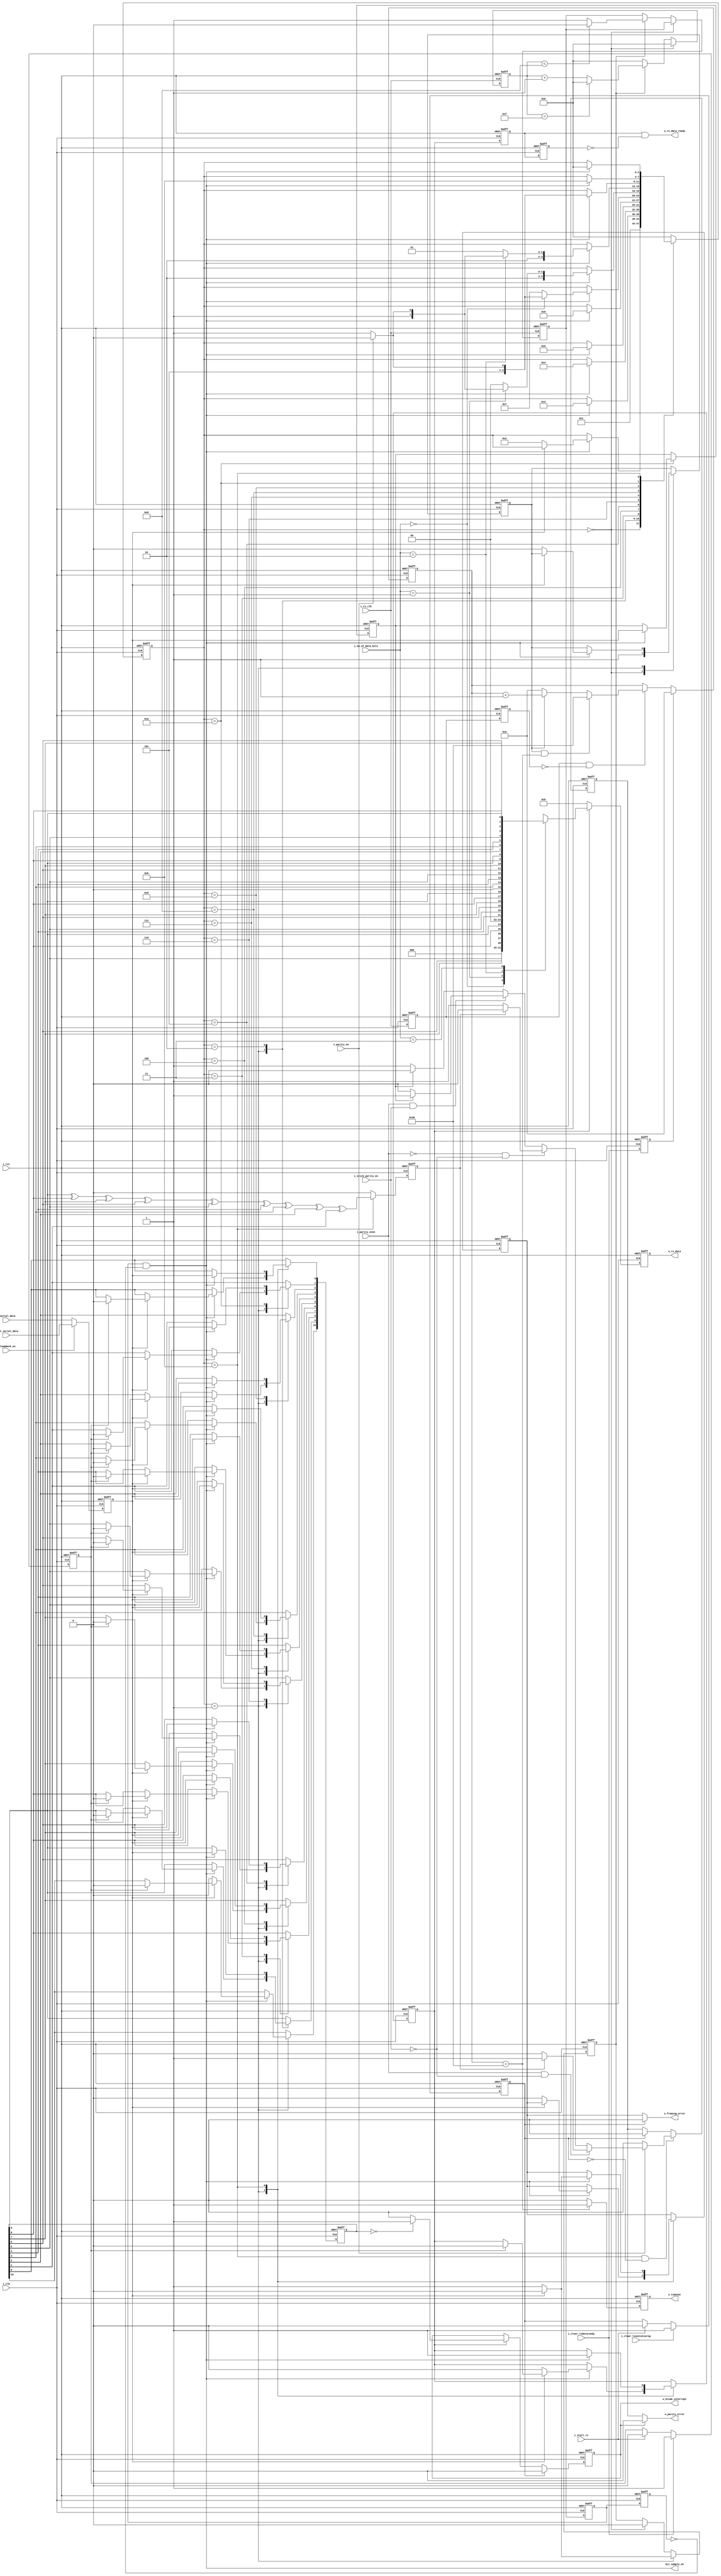
// --------------------------------------------------------------------
// >>>>>>>>>>>>>>>>>>>>>>>>> COPYRIGHT NOTICE <<<<<<<<<<<<<<<<<<<<<<<<<
// --------------------------------------------------------------------
// Copyright (c) 2006 by Lattice Semiconductor Corporation
// --------------------------------------------------------------------
//
// Permission:
//
//   Lattice Semiconductor grants permission to use this code for use
//   in synthesis for any Lattice programmable logic product.  Other
//   use of this code, including the selling or duplication of any
//   portion is strictly prohibited.
//
// Disclaimer:
//
//   This VHDL or Verilog source code is intended as a design reference
//   which illustrates how these types of functions can be implemented.
//   It is the user's responsibility to verify their design for
//   consistency and functionality through the use of formal
//   verification methods.  Lattice Semiconductor provides no warranty
//   regarding the use or functionality of this code.
//
// --------------------------------------------------------------------
//           
//                     Lattice Semiconductor Corporation
//                     5555 NE Moore Court
//                     Hillsboro, OR 97214
//                     U.S.A
//
//                     TEL: 1-800-Lattice (USA and Canada)
//                          503-268-8001 (other locations)
//
//                     web: http://www.latticesemi.com/
// --------------------------------------------------------------------
//
// Revision History :

module uart_rx_fsm(                   
    // System clock 
    // asynchronous active high reset 
    input wire        i_clk,
    input wire        i_rst,
    input wire        i_rx_clk,
    //Rx FSM Control signal from Master Controller
    input wire        i_start_rx,
    //Rx configurations from Master Controller
    input wire        i_loopback_en,
    input wire        i_parity_even,
    input wire        i_parity_en,               
    input wire [1:0]  i_no_of_data_bits,  
    input wire        i_stick_parity_en,
    input wire        i_clear_linestatusreg,               
    input wire        i_clear_rxdataready,
    //Rx data valid and Rx Data to CPU
    output reg [7:0]  o_rx_data, 
    output reg        o_timeout,      
    
    output wire       bit_sample_en,
             
    //To UART Master Controller
    output wire       o_parity_error,
    output wire       o_framing_error,
    output wire       o_break_interrupt,               
    output wire       o_rx_data_ready,
    //Serial data for loopback operations
    input wire        i_int_serial_data,  //no input is set to
    //Serial data in from MODEM
    input wire        i_serial_data  //pin9 UART RXD (from PC to Dev)
    );

    parameter [3:0] /*synopsys enum state_info*/ IDLE_STATE           = 4'b0000,
                   START_DETECT_STATE   = 4'b0001,
                   SAMPLE_START_STATE = 4'b1111,
                   Rx_1BIT_STATE        = 4'b0010,
                   Rx_2BIT_STATE        = 4'b0011,
                   Rx_3BIT_STATE        = 4'b0100,
                   Rx_4BIT_STATE        = 4'b0101,
                   Rx_5BIT_STATE        = 4'b0110,
                   Rx_6BIT_STATE        = 4'b0111,
                   Rx_7BIT_STATE        = 4'b1000,
                   Rx_8BIT_STATE        = 4'b1001,
                   PARITY_CHECK_STATE   = 4'b1010,
                   STOP_DETECT_STATE    = 4'b1011;
    // DATA_VALIDATION_STATE     = 4'b1100;    
    
    //Internal signals 
    reg [3:0]  /*synopsys enum state_info*/  state; /*synopsys enum state_vector state*/
    reg        check_bit;    
    reg        modem_serial_data;
    reg [10:0] rx_data;
    reg        parity_error;
    reg        framing_error;
    reg        stick_parity_bit;
    reg        clear_line_status;
    reg        clear_data_ready;
    reg        timeout_counter_begin;   
    reg        clearrxdataready1;
    reg        rx_clk_reg1;
    reg        rx_clk_reg2;
    wire       rx_clk_en;
    wire       rx_sample_en;
    reg        data_validation;
    reg        loopback_en_latch;
    
    //synchronizer for incoming i_serial_data from MODEM
    always @(posedge i_clk or posedge i_rst) begin
        if(i_rst) begin
            modem_serial_data <= 1'b1;
        end else begin
            if(!i_loopback_en)
                //For regular Rx operations
                modem_serial_data <= i_serial_data;
            else
                // for loop back operations
                modem_serial_data <= i_int_serial_data; 
        end 
    end // always @ (posedge i_clk or posedge i_rst) 
    
    ////////////////////////////////////////////////////////////////
    // UART Rx FSM
    ////////////////////////////////////////////////////////////////
    always @(posedge i_clk or posedge i_rst) begin
        if(i_rst) begin
            state <= IDLE_STATE;
            framing_error <= 1'b0;
            stick_parity_bit <= 1'b0;   
            timeout_counter_begin <= 1'b1;
            data_validation <= 1'b0;
            rx_data <= 10'b0;    
        end else begin
            case(state)
                
                IDLE_STATE         :  begin
                    state <= START_DETECT_STATE; 
                    timeout_counter_begin <= 1'b1;
                end
                
                //Wait for START signal from MODEM 
                START_DETECT_STATE :
                    if(rx_sample_en) begin
                        //Check if modem serial is still '0'
                        if(!modem_serial_data) begin
                            state <= Rx_1BIT_STATE; 
                            framing_error <= 1'b0;
                            timeout_counter_begin <= 1'b0;
                            data_validation <= 1'b0;
                            rx_data[10] <= modem_serial_data; 
                        end else if(clear_data_ready) begin
                            data_validation <= 1'b0;
                            rx_data <= 10'b0000_0000_00; 
                        end
                    end
                
                Rx_1BIT_STATE      : 
                    if(rx_sample_en) begin 
                        state <= Rx_2BIT_STATE;
                        rx_data[9] <= modem_serial_data; 
                    end
                
                Rx_2BIT_STATE      : 
                    if(rx_sample_en) begin 
                        state <= Rx_3BIT_STATE;
                        rx_data[8] <= modem_serial_data; 
                    end
                
                Rx_3BIT_STATE      : 
                    if(rx_sample_en) begin
                        state <= Rx_4BIT_STATE;
                        rx_data[7] <= modem_serial_data; 
                    end
                
                Rx_4BIT_STATE      : 
                    if(rx_sample_en) begin
                        state <= Rx_5BIT_STATE;
                        rx_data[6] <= modem_serial_data; 
                    end
                
                //Check for no of bits in operation
                //If 5 bits, then check if parity needs to be checked else go to stop detect state                      
                Rx_5BIT_STATE      : 
                    if(rx_sample_en) begin
                        rx_data[5] <= modem_serial_data; 
                        if(i_no_of_data_bits == 2'b00) begin
                            if(i_parity_en) begin
                                state <= PARITY_CHECK_STATE;
                            end else begin 
                                state <= STOP_DETECT_STATE;
                            end 
                        end else begin 
                            state <= Rx_6BIT_STATE;
                        end
                    end // if (rx_sample_en)
                
                //Check for no of bits in operation
                //If 6 bits, then check if parity needs to be checked else go to stop detect state                      
                Rx_6BIT_STATE      :
                    if(rx_sample_en) begin
                        rx_data[4] <= modem_serial_data; 
                        if(i_no_of_data_bits == 2'b01) begin
                            if(i_parity_en) begin
                                state <= PARITY_CHECK_STATE;
                            end else begin 
                                state <= STOP_DETECT_STATE;
                            end 
                        end else begin 
                            state <= Rx_7BIT_STATE;
                        end
                    end // if (rx_sample_en)
                
                //Check for no of bits in operation
                //If 7 bits, then check if parity needs to be checked else go to stop detect state
                Rx_7BIT_STATE      : 
                    if(rx_sample_en) begin
                        rx_data[3] <= modem_serial_data; 
                        if(i_no_of_data_bits == 2'b10) begin
                            if(i_parity_en) begin
                                state <= PARITY_CHECK_STATE;
                            end else begin 
                                state <= STOP_DETECT_STATE;
                            end 
                        end else begin 
                            state <= Rx_8BIT_STATE;
                        end
                    end // if (rx_sample_en)
                
                //Check if parity needs to be checked else go to stop detect state
                Rx_8BIT_STATE      :
                    if(rx_sample_en) begin
                        rx_data[2] <= modem_serial_data; 
                        if(i_parity_en) begin
                            state <= PARITY_CHECK_STATE;
                        end else begin
                            state <= STOP_DETECT_STATE;
                        end  
                    end                
                
                PARITY_CHECK_STATE :
                    if(rx_sample_en) begin
                        rx_data[1] <= modem_serial_data; 
                        state <= STOP_DETECT_STATE;
                        stick_parity_bit <= modem_serial_data;
                    end
                
                //Check for stop bit and proceed to START_DETECT_STATE 
                STOP_DETECT_STATE  : 
                    if(rx_sample_en) begin
                        rx_data[0] <= modem_serial_data; 
                        data_validation <= 1'b1;
                        if(modem_serial_data == 1'b0) begin
                            state <= IDLE_STATE; 
                            framing_error <= 1'b1;
                        end else begin
                            state <= IDLE_STATE; 
                            framing_error <= 1'b0;
                        end
                    end // if (rx_sample_en)
                
                default            : state <= IDLE_STATE;
            endcase // case (state)
        end
    end // always @ (posedge i_clk or posedge i_rst)

    //Cleared on Line status clear request from Master controller
    assign o_framing_error = (!clear_line_status) ? framing_error : 1'b0;
    
    /////////////////////////////////////////////////////////////////////////////
    // Deserialization of data, 
    /////////////////////////////////////////////////////////////////////////////
    wire [10:0] receive_data;

    assign receive_data = {rx_data[0], rx_data[1], rx_data[2], rx_data[3], rx_data[4], rx_data[5],
                           rx_data[6], rx_data[7], rx_data[8], rx_data[9], rx_data[10]};

    reg break_interrupt;
    
    /////////////////////////////////////////////////////////////////////////////
    //Break Interrupt generation
    //In data valid state all the bits are of rx_data are zero then a Break Interrupt is generated
    /////////////////////////////////////////////////////////////////////////////
    always @(posedge i_clk or posedge i_rst) begin
        if(i_rst) begin
            break_interrupt <= 1'b0;
        end else begin
            //Cleared on Line status clear request from Master controller 
            if(clear_line_status)begin 
                break_interrupt <= 1'b0;
            end else if(data_validation) begin
                if(rx_data == 10'b0) begin
                    break_interrupt <= 1'b1;
                end else begin
                    break_interrupt <= 1'b0;
                end   
            end // if (state == DATA_VALIDATION_STATE & !latch_clear_line_status)
        end
    end // always @ (posedge i_clk or posedge i_rst)

    assign o_break_interrupt = break_interrupt;
    
    /////////////////////////////////////////////////////////////////////////////
    // Parity Check logic and Parity error detect
    /////////////////////////////////////////////////////////////////////////////
    //Parity check logic
    always @(posedge i_clk or posedge i_rst) begin
        if(i_rst) begin
            check_bit <= 1'b0;
        end else begin
            if(state == STOP_DETECT_STATE) begin
                check_bit <= rx_data[9] ^ rx_data[8] ^ rx_data[7] ^ rx_data[6] ^ rx_data[5] ^ rx_data[4]
                    ^ rx_data[3] ^ rx_data[2] ^ rx_data[1]; 
            end else begin 
                check_bit <= 1'b0;
            end 
        end 
    end // always @ (posedge i_clk or posedge i_rst)

    //Parity Error detection logic
    always @(posedge i_clk or posedge i_rst) begin
        if(i_rst) begin
            parity_error <= 1'b0;
        end else begin
            if(state == STOP_DETECT_STATE & !clear_line_status) begin
                if(i_parity_en) begin
                    if(i_parity_even & !i_stick_parity_en) begin
                        if(check_bit) 
                            parity_error <= 1'b1;
                        else    
                            parity_error <= 1'b0;
                    end else if (!i_parity_even & !i_stick_parity_en) begin
                        if(check_bit) 
                            parity_error <= 1'b0;
                        else    
                            parity_error <= 1'b1;
                    end else if (i_parity_even & i_stick_parity_en) begin
                        if(stick_parity_bit)
                            parity_error <= 1'b1;
                        else
                            parity_error <= 1'b0;
                    end else
                        if(stick_parity_bit)
                            parity_error <= 1'b0;
                        else
                            parity_error <= 1'b1;
                end else
                    parity_error <= 1'b0;
                
            end else if(clear_line_status) 
                parity_error <= 1'b0;   
        end 
    end // always @ (posedge i_clk or posedge i_rst)    

    assign o_parity_error = !break_interrupt ?  parity_error
                            : 1'b0;    

    /////////////////////////////////////////////////////////////////////////////
    // Rx Data ready and Rx Data generation logic
    /////////////////////////////////////////////////////////////////////////////
    
    reg rx_data_ready;    

    always @(posedge i_clk or posedge i_rst) begin
        if(i_rst) begin
            o_rx_data     <= 0;
        end else begin
            if(data_validation) begin
                if(i_parity_en) begin
                    case(i_no_of_data_bits)
                        2'b00 :
                            o_rx_data <= {1'b0, 1'b0, 1'b0, receive_data[5:1]};
                        2'b01 :
                            o_rx_data <= {1'b0, 1'b0, receive_data[6:1]};
                        2'b10 :
                            o_rx_data <= {1'b0, receive_data[7:1]};
                        2'b11 :
                            o_rx_data <= receive_data[8:1];
                    endcase
                end else begin
                    case(i_no_of_data_bits)
                        2'b00 :
                            o_rx_data <= {1'b0, 1'b0, 1'b0, receive_data[5:1]};
                        2'b01 :
                            o_rx_data <= {1'b0, 1'b0, receive_data[6:1]};
                        2'b10 :
                            o_rx_data <= {1'b0, receive_data[7:1]};
                        2'b11 :
                            o_rx_data <= receive_data[8:1];
                    endcase
                end // else: !if(parity_en)
            end else begin
                o_rx_data       <= 0;
            end
        end
    end // always @ (posedge i_clk or posedge i_rst)
    
    wire rx_data_ready1;
    reg  rx_data_ready_reg1;
    reg  rx_data_ready_reg2;

    //Cleared on data status clear request from Master controller 
    assign rx_data_ready1 = data_validation;

    always @(posedge i_clk or posedge i_rst) begin
        if(i_rst) begin
            rx_data_ready_reg1 <= 1'b0;
            rx_data_ready_reg2 <= 1'b0; 
        end else begin
            rx_data_ready_reg1 <= rx_data_ready1;
            rx_data_ready_reg2 <= rx_data_ready_reg1; 
        end
    end
    
    //Made into a synchronous pulse
    assign o_rx_data_ready = rx_data_ready_reg1 & !rx_data_ready_reg2;   

    
    /////////////////////////////////////////////////////////////////////////////
    //Sampling clock and character timeout  generation logic
    /////////////////////////////////////////////////////////////////////////////
    
    //Registering and pulsing of RxCLK
    //This is in view of Clock domain crossing
    always @(posedge i_clk or posedge i_rst) begin
        if(i_rst) begin
            rx_clk_reg1 <= 1'b0;
            rx_clk_reg2 <= 1'b0;
        end else begin 
            rx_clk_reg1 <= i_rx_clk;
            rx_clk_reg2 <= rx_clk_reg1;
        end
    end
    
    assign rx_clk_en = rx_clk_reg1 & !rx_clk_reg2;
            
    reg [3:0] rx_sampling_counter;
    reg       rx_sampling_clock;
    reg       rx_sampling_clock_reg1;
    reg       rx_sampling_clock_reg2;
    reg       rx_sampling_start;

    //Start sampling on falling edge of serial data line in start state
    //This is mainly used for centering purpose
    always @(posedge i_clk or posedge i_rst) begin
        if(i_rst) begin
            rx_sampling_start <= 1'b0; 
        end else begin
            if(state == START_DETECT_STATE) begin
                if(!modem_serial_data) 
                    rx_sampling_start <= 1'b1;
                else 
                    rx_sampling_start <= 1'b0;
            end else if(state == IDLE_STATE) 
                rx_sampling_start <= 1'b0;
        end // else: !if(i_rst)
    end // always @ (posedge i_clk or posedge i_rst)
    
    //RX_CLK = 16xBaud Rate, a divide by 16 logic gives us the required sampling clock
    always @(posedge i_rx_clk or posedge i_rst) begin
        if(i_rst) begin
            rx_sampling_counter <= 0;
            rx_sampling_clock <= 1'b0;            
        end else begin
            case (state)
                //Sampling counter reset to zero 
                IDLE_STATE : begin
                    rx_sampling_counter <= 0;
                end                        
                default : begin
                    if(rx_sampling_start) begin
                    //4 bit counter
                        if(rx_sampling_counter == 4'b1111) begin 
                            rx_sampling_counter <= 0;
                        end else begin
                            rx_sampling_counter <= rx_sampling_counter + 1;
                        end
                        //Divide by 16 logic
                        if(rx_sampling_counter < 4'b1000) begin
                            rx_sampling_clock <= 1'b0;
                        end else begin
                            rx_sampling_clock <= 1'b1;
                        end
                    end else 
                        rx_sampling_counter <= 0; 
                end // case: default
            endcase
        end
    end // always @ (posedge i_rx_clk or posedge i_rst)        

    //Registering sampling clock for obtaining pulsed rx_sample_en
	//1 i_clk duration of pulse using non-blocking assignment
    always @(posedge i_clk or posedge i_rst) begin
        if(i_rst) begin
            rx_sampling_clock_reg1 <= 0;
            rx_sampling_clock_reg2 <= 0;
        end else begin
            rx_sampling_clock_reg1 <= rx_sampling_clock;
            rx_sampling_clock_reg2 <= rx_sampling_clock_reg1;
        end
    end

    //Pulsed rx_sample_en signal
    assign rx_sample_en = rx_sampling_clock_reg1 & !rx_sampling_clock_reg2;
    
    //Clear rx_ready signal received from NXP_16550_reg (UART)
    always @(posedge i_clk or posedge i_rst)begin
        if(i_rst)begin
            clearrxdataready1 <= 1'b0;
        end else begin
            clearrxdataready1 <= i_clear_rxdataready;
        end
    end // always @ (posedge i_clk or posedge i_rst)
    
    reg [5:0] timeout_counter;
    
    //Timeout counter for generating character timeout interrupt
    //Setto 4 character lengths = 48 bits
    //One character length is 12 bits - 1 Start,8 Data,1 Parity, 2 stop  
    always @(posedge i_rst or posedge i_clk) begin 
        if(i_rst) begin
            timeout_counter <= 6'b000_000;
        end else begin
            if(clearrxdataready1)
                timeout_counter <= 6'b000_000;
            else if(rx_clk_en) begin
                if(timeout_counter_begin & timeout_counter == 6'b110_000)
                    timeout_counter <= 6'b110_000;
                else if(timeout_counter_begin)
                    timeout_counter <= timeout_counter + 1'b1;
                else
                    timeout_counter <= 0;
            end    
        end
    end // always @ (posedge i_rst or posedge i_clk)

    //Timeout signal clear and drive logic    
    always @(posedge i_rst or posedge i_clk) begin
        if(i_rst) begin
            o_timeout <= 1'b0;
        end else begin
             if(timeout_counter == 6'b110_000) 
                o_timeout <= 1'b1;
            else
                o_timeout <= 1'b0;
        end
    end

    //Clear line status 
    always @(posedge i_clk or posedge i_rst)begin
        if(i_rst) begin
            clear_line_status <= 1'b0;
        end else begin
            if (i_clear_linestatusreg) 
                clear_line_status <= 1'b1;
            else if (i_start_rx)
                clear_line_status <= 1'b0;
        end 
    end

    //Clear data ready
    always @ (posedge i_clk or posedge i_rst) begin 
        if(i_rst) begin
            clear_data_ready <= 1'b0;
        end else begin
            if (i_clear_rxdataready) 
                clear_data_ready <= 1'b1;
            else if (i_start_rx)
                clear_data_ready <= 1'b0;
        end 
    end
    
    // Beginning of automatic ASCII enum decoding
     reg [167:0]         state_ASCII;            // Decode of state
     always @(state) begin
         case ({state})
             IDLE_STATE:            state_ASCII = "idle_state           ";
             START_DETECT_STATE:    state_ASCII = "start_detect_state   ";
             SAMPLE_START_STATE:    state_ASCII = "sample_start_state   ";
             Rx_1BIT_STATE:         state_ASCII = "rx_1bit_state        ";
             Rx_2BIT_STATE:         state_ASCII = "rx_2bit_state        ";
             Rx_3BIT_STATE:         state_ASCII = "rx_3bit_state        ";
             Rx_4BIT_STATE:         state_ASCII = "rx_4bit_state        ";
             Rx_5BIT_STATE:         state_ASCII = "rx_5bit_state        ";
             Rx_6BIT_STATE:         state_ASCII = "rx_6bit_state        ";
             Rx_7BIT_STATE:         state_ASCII = "rx_7bit_state        ";
             Rx_8BIT_STATE:         state_ASCII = "rx_8bit_state        ";
             PARITY_CHECK_STATE:    state_ASCII = "parity_check_state   ";
             STOP_DETECT_STATE:     state_ASCII = "stop_detect_state    ";
             default:               state_ASCII = "%Error               ";
         endcase
    end
     // End of automatics
     
   assign bit_sample_en = rx_sample_en ;
        
endmodule